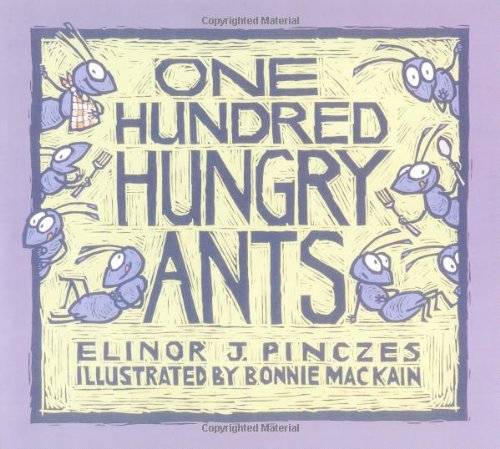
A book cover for One Hundred Hungry Ants; Elinor J Pinczes; Children's Books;